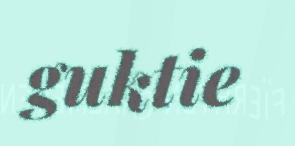
guktie